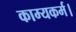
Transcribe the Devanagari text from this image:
काम्यकर्म।